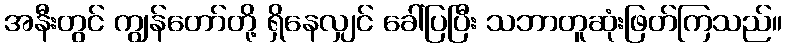
အနီးတွင် ကျွန်တော်တို့ ရှိနေလျှင် ခေါ်ပြပြီး သဘာတူဆုံးဖြတ်ကြသည်။